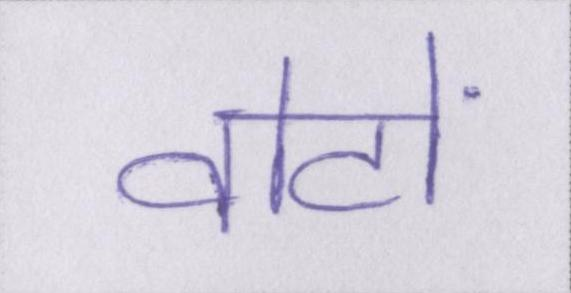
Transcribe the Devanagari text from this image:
वोटों